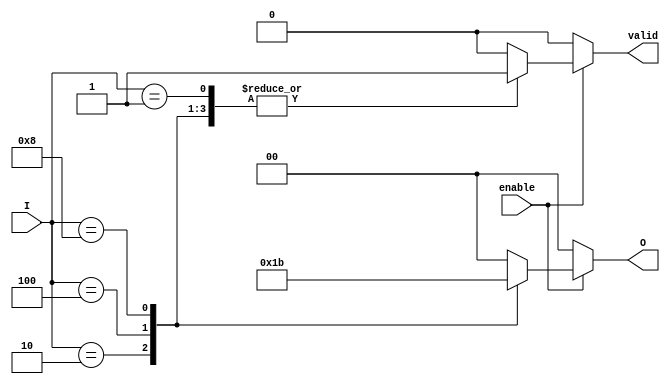
module binary_encoder (
    input wire [3:0] I,      // 4 input lines (I0 to I3)
    input wire enable,       // Enable input
    output reg [1:0] O,      // 2 output lines (O0 to O1)
    output reg valid         // Valid output signal
);

always @(*) begin
    if (!enable) begin
        O = 2'b00;           // Outputs are zero when not enabled
        valid = 1'b0;       // Invalid state
    end else begin
        case (I)
            4'b0001: begin O = 2'b00; valid = 1'b1; end // I0 active
            4'b0010: begin O = 2'b01; valid = 1'b1; end // I1 active
            4'b0100: begin O = 2'b10; valid = 1'b1; end // I2 active
            4'b1000: begin O = 2'b11; valid = 1'b1; end // I3 active
            default: begin O = 2'b00; valid = 1'b0; end // No valid input
        endcase
    end
end

endmodule